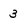
Character: 3